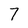
Character: 7